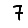
Digit: 7